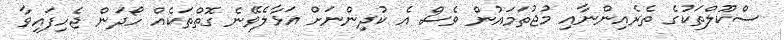
ސްކޫލްތަކުގެ ތެރެއިންނާއި މުޖުތަމައުން ވެސް އެ ކުދިންނަށް އަޅާލެވޭނެ ގޮތްތަކެއް ހޯދަން ޖެހިފައިވާ